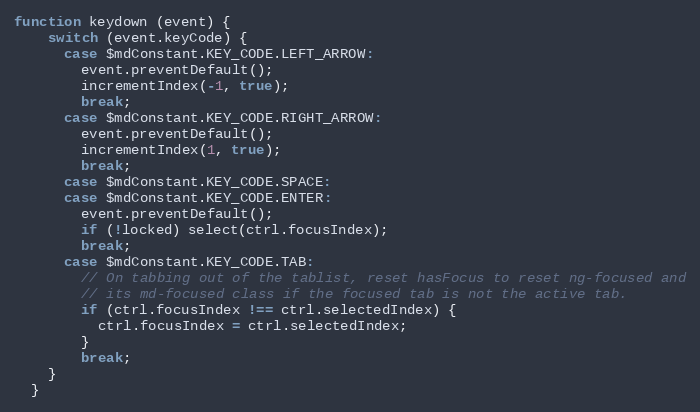
Language: JavaScript
function keydown (event) {
    switch (event.keyCode) {
      case $mdConstant.KEY_CODE.LEFT_ARROW:
        event.preventDefault();
        incrementIndex(-1, true);
        break;
      case $mdConstant.KEY_CODE.RIGHT_ARROW:
        event.preventDefault();
        incrementIndex(1, true);
        break;
      case $mdConstant.KEY_CODE.SPACE:
      case $mdConstant.KEY_CODE.ENTER:
        event.preventDefault();
        if (!locked) select(ctrl.focusIndex);
        break;
      case $mdConstant.KEY_CODE.TAB:
        // On tabbing out of the tablist, reset hasFocus to reset ng-focused and
        // its md-focused class if the focused tab is not the active tab.
        if (ctrl.focusIndex !== ctrl.selectedIndex) {
          ctrl.focusIndex = ctrl.selectedIndex;
        }
        break;
    }
  }